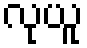
လုယူ